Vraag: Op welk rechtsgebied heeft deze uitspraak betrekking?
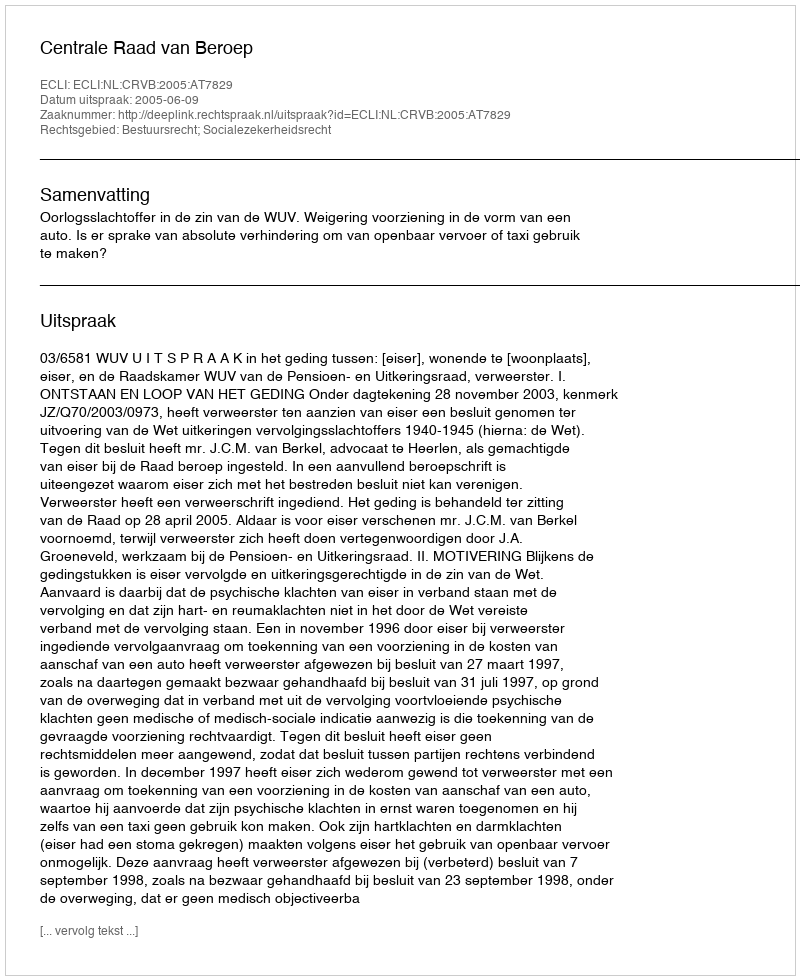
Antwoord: Bestuursrecht; Socialezekerheidsrecht